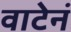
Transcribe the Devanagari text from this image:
वाटेनं